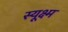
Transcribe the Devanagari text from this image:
स्यूक्ष्म